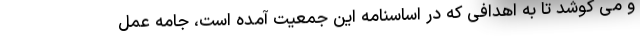
و می کوشد تا به اهدافی که در اساسنامه این جمعیت آمده است، جامه عمل